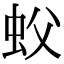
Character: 蚥